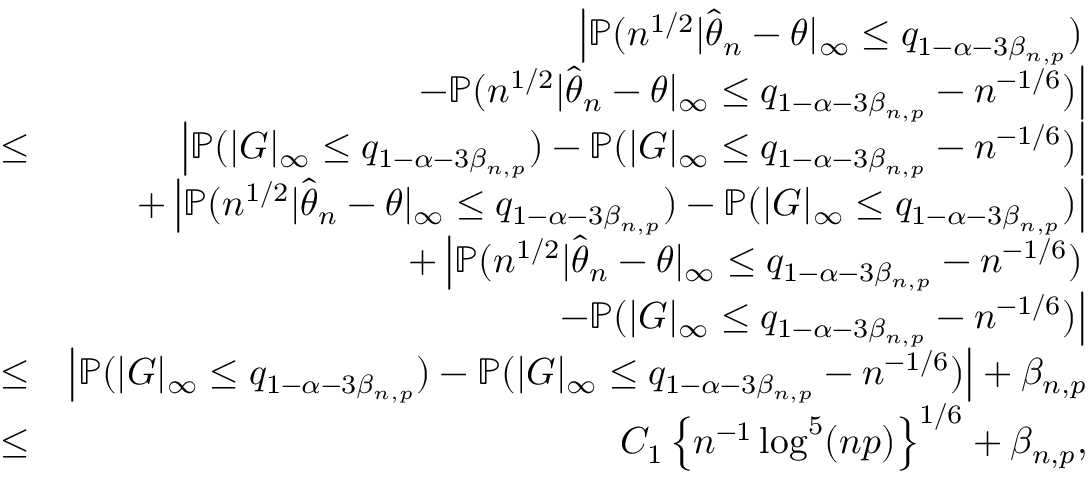
\begin{array} { r l r } & { } & { \left| { \mathbb { P } } ( n ^ { 1 / 2 } | \hat { { \boldsymbol \theta } } _ { n } - { \boldsymbol \theta } | _ { \infty } \leq q _ { 1 - \alpha - 3 \beta _ { n , p } } ) \right. } \\ & { } & { \left. - { \mathbb { P } } ( n ^ { 1 / 2 } | \hat { { \boldsymbol \theta } } _ { n } - { \boldsymbol \theta } | _ { \infty } \leq q _ { 1 - \alpha - 3 \beta _ { n , p } } - n ^ { - 1 / 6 } ) \right| } \\ & { \leq } & { \left| { \mathbb { P } } ( | G | _ { \infty } \leq q _ { 1 - \alpha - 3 \beta _ { n , p } } ) - { \mathbb { P } } ( | G | _ { \infty } \leq q _ { 1 - \alpha - 3 \beta _ { n , p } } - n ^ { - 1 / 6 } ) \right| } \\ & { } & { + \left| { \mathbb { P } } ( n ^ { 1 / 2 } | \hat { { \boldsymbol \theta } } _ { n } - { \boldsymbol \theta } | _ { \infty } \leq q _ { 1 - \alpha - 3 \beta _ { n , p } } ) - { \mathbb { P } } ( | G | _ { \infty } \leq q _ { 1 - \alpha - 3 \beta _ { n , p } } ) \right| } \\ & { } & { + \left| { \mathbb { P } } ( n ^ { 1 / 2 } | \hat { { \boldsymbol \theta } } _ { n } - { \boldsymbol \theta } | _ { \infty } \leq q _ { 1 - \alpha - 3 \beta _ { n , p } } - n ^ { - 1 / 6 } ) \right. } \\ & { } & { \left. ~ ~ ~ ~ ~ ~ ~ ~ ~ ~ ~ ~ - { \mathbb { P } } ( | G | _ { \infty } \leq q _ { 1 - \alpha - 3 \beta _ { n , p } } - n ^ { - 1 / 6 } ) \right| } \\ & { \leq } & { \left| { \mathbb { P } } ( | G | _ { \infty } \leq q _ { 1 - \alpha - 3 \beta _ { n , p } } ) - { \mathbb { P } } ( | G | _ { \infty } \leq q _ { 1 - \alpha - 3 \beta _ { n , p } } - n ^ { - 1 / 6 } ) \right| + \beta _ { n , p } } \\ & { \leq } & { C _ { 1 } \left\{ n ^ { - 1 } \log ^ { 5 } ( n p ) \right\} ^ { 1 / 6 } + \beta _ { n , p } , } \end{array}